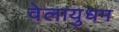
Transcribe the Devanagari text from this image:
वेलायुधम